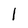
Character: l